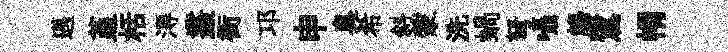
邁堇栝淂叢衙邛申臭希斜蒙洗蝸弩囁觴鷺㡌